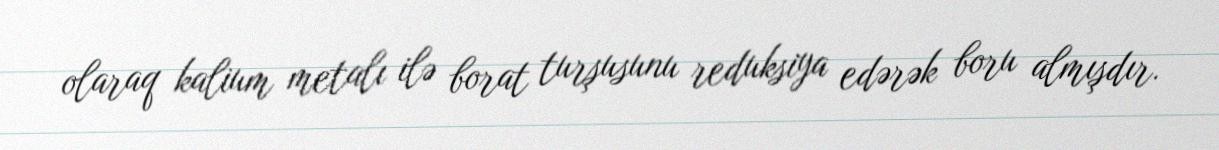
olaraq kalium metalı ilə borat turşusunu reduksiya edərək boru almışdır.